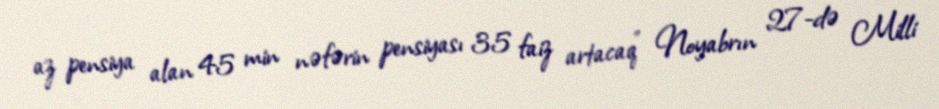
az pensiya alan 45 min nəfərin pensiyası 35 faiz artacaq” Noyabrın 27-də Milli